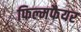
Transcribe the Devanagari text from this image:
फिल्मफैयर